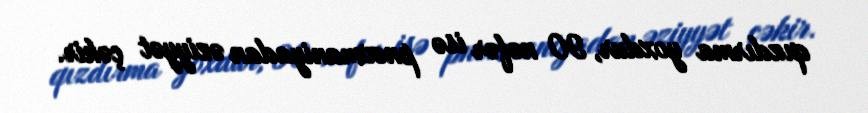
qızdırma yoxdur, 90 nəfər isə pnevmaniyadan əziyyət çəkir.